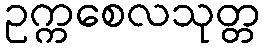
ဥက္ကစေလသုတ္တ